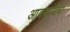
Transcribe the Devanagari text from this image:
आवडायचा